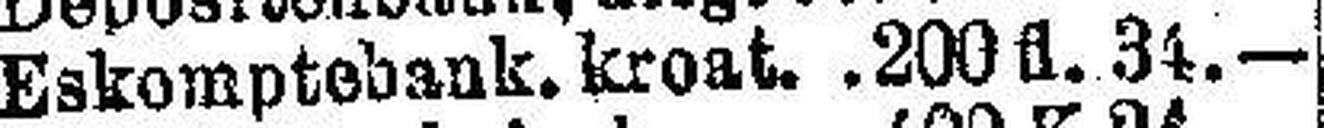
Eskomptebank. kroat. 200 fl. 34.—